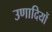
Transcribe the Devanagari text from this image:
उणादियों